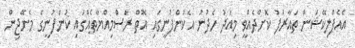
އެއެޕްލިކޭޝަން ތައާރަފު ކޮށްދެއްވީ މިއަދު ހެދުނު އެކުންފުނީގައި އޮތް ރަސްމިއްޔާތެއްގައި ކުންފުނީގެ މެނޭޖިން